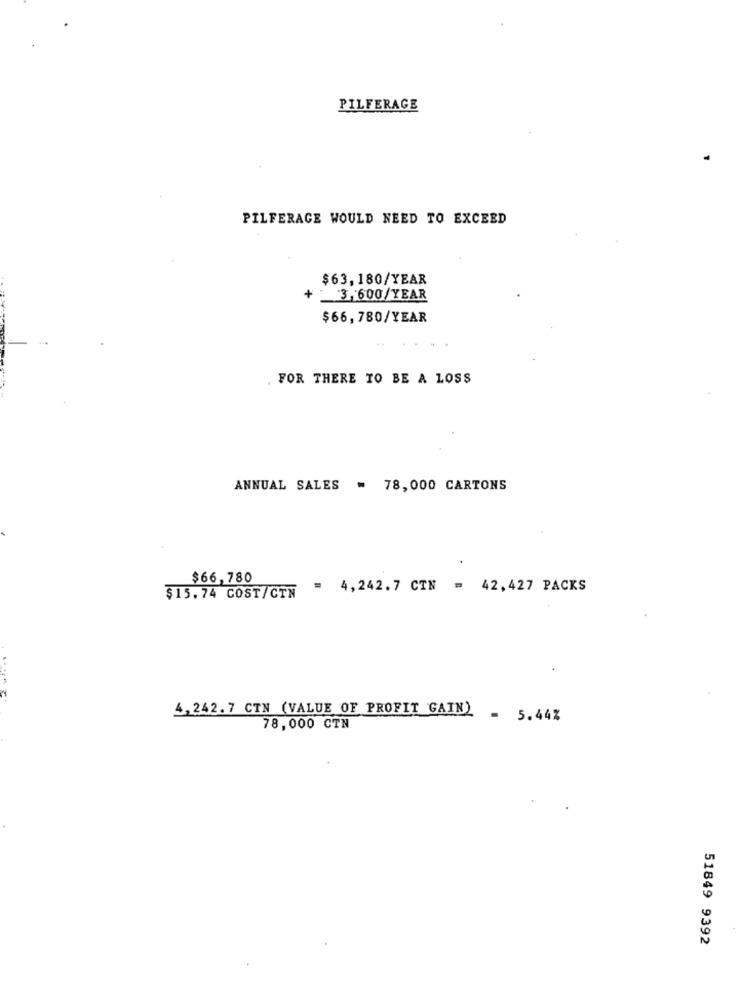
PILFERAGE
PILFERAGE WOULD NEED TO EXCEED
$63,180/YEAR
+
3,600/YEAR
$66,780/YEAR
FOR THERE TO BE A LOSS
ANNUAL SALES = 78, 000 CARTONS
$66,780
= 4,242.7 CTN = 42,427 PACKS
$15.74 COST/CTN
...
4,242.7 CTN (VALUE OF PROFIT GAIN) - 5.44%
78,000 CTN
51849 9392